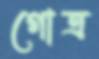
গোত্র